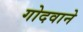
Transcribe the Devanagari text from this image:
गोदवाने